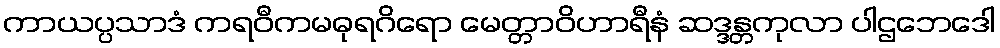
ကာယပ္ပသာဒံ ကရဝီကမဓုရဂိရော မေတ္တာဝိဟာရီနံ ဆဒ္ဒန္တကုလာ ပါဌဘေဒေါ